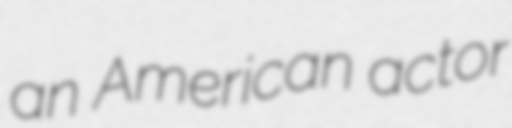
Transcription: an American actor